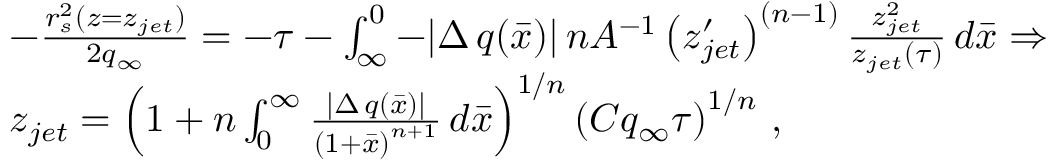
\begin{array} { r l } & { - \frac { r _ { s } ^ { 2 } ( z = z _ { j e t } ) } { 2 q _ { \infty } } = - \tau - \int _ { \infty } ^ { 0 } - | \Delta \, q ( \bar { x } ) | \, n A ^ { - 1 } \left( z _ { j e t } ^ { \prime } \right) ^ { ( n - 1 ) } \frac { z _ { j e t } ^ { 2 } } { z _ { j e t } ( \tau ) } \, d \bar { x } \Rightarrow } \\ & { z _ { j e t } = \left( 1 + n \int _ { 0 } ^ { \infty } \frac { | \Delta \, q ( \bar { x } ) | } { \left( 1 + \bar { x } \right) ^ { n + 1 } } \, d \bar { x } \right) ^ { 1 / n } \left( C q _ { \infty } \tau \right) ^ { 1 / n } \, , } \end{array}